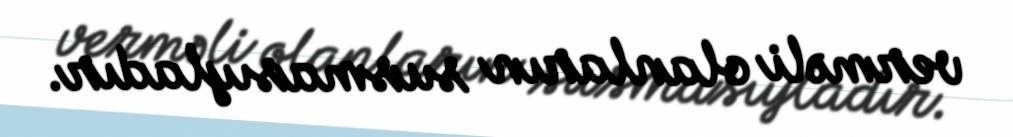
verməli olanların susmasıyladır.